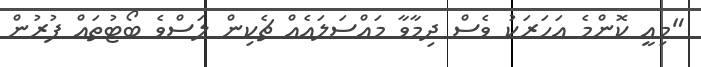
"މިއީ ކޮންމެ އަހަރަކު ވެސް ދިމާވާ މައްސަލައެއް ޗެކިން ލަސްވެ ބޯޓުތައް ފުރުން